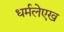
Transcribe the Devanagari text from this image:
धर्मलेएख